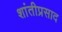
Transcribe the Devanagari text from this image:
शांतीप्रसाद